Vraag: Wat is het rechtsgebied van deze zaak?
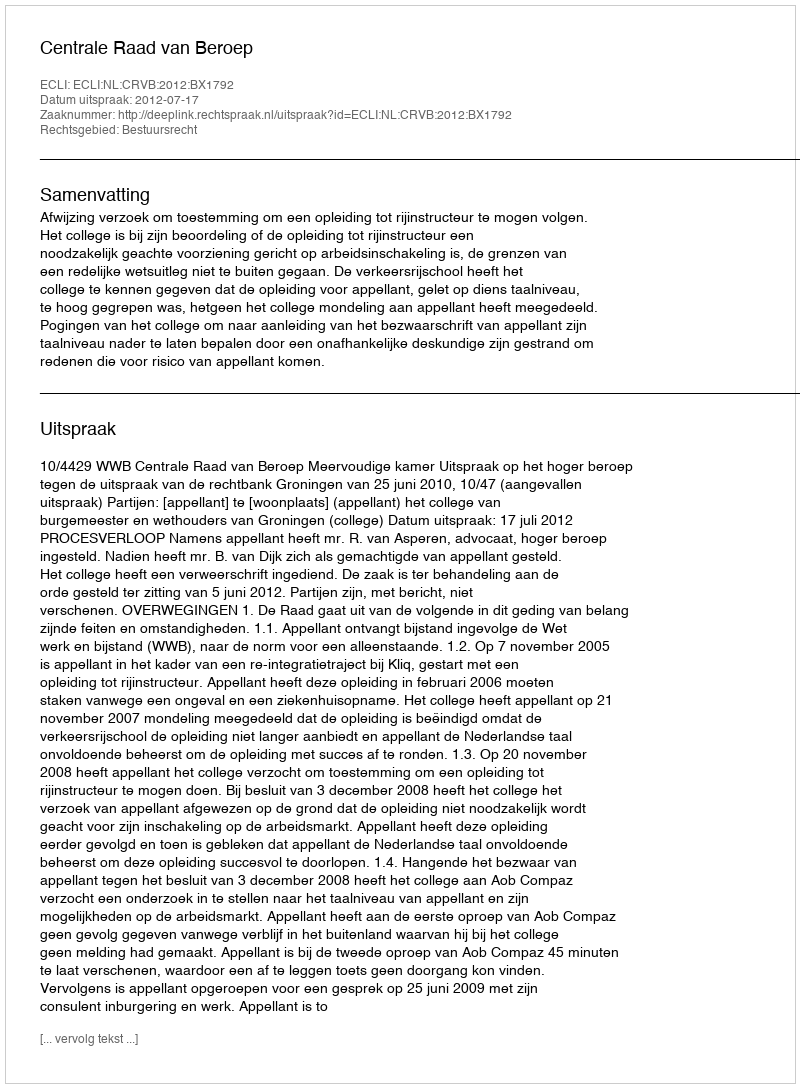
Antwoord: Bestuursrecht